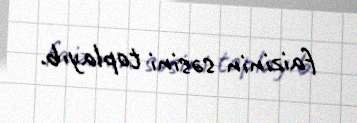
faizinin səsini toplayıb.